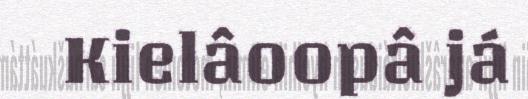
Kielâoopâ já